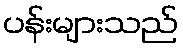
ပန်းများသည်